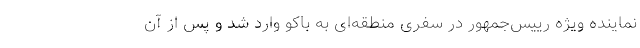
نماینده ویژه رییس‌جمهور در سفری منطقه‌ای به باکو وارد شد و پس از آن